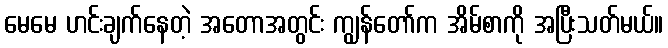
မေမေ ဟင်းချက်နေတဲ့ အတောအတွင်း ကျွန်တော်က အိမ်စာကို အပြီးသတ်မယ်။